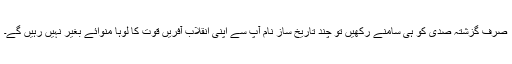
صرف گزشتہ صدی کو ہی سامنے رکھیں تو چند تاریخ ساز نام آپ سے اپنی انقلاب آفریں قوت کا لوہا منوائے بغیر نہیں رہیں گے۔